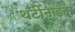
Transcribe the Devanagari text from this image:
थर्टीनाइन